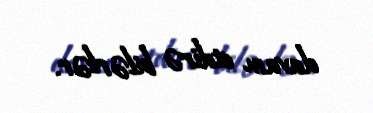
davam etdirə bilərlər.